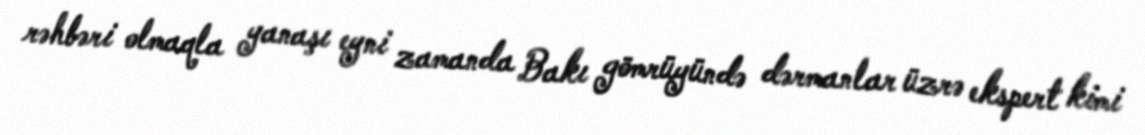
rəhbəri olmaqla yanaşı eyni zamanda Bakı gömrüyündə dərmanlar üzrə ekspert kimi